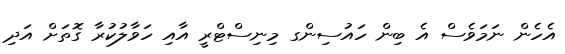
އެހެން ނަމަވެސް އެ ބިން ހައުސިންގ މިނިސްޓްރީ އާއި ހަވާލުކުރާ ގޮތަށް އަދި